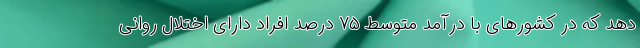
دهد که در کشورهای با درآمد متوسط ۷۵ درصد افراد دارای اختلال روانی